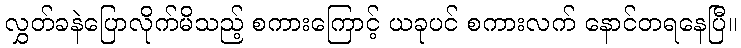
လွှတ်ခနဲပြောလိုက်မိသည့် စကားကြောင့် ယခုပင် စကားလက် နောင်တရနေပြီ။